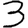
Digit: 3